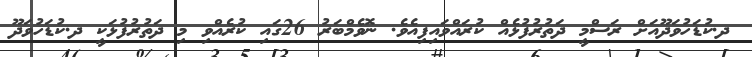
ދ.ކުޑަހުވަދޫއަށް ރަސްމީ ދަތުރުފުޅެއް ކުރައްވައިފިއެވެ. ނޮވެމްބަރު 26ގައި ކުރެއްވި މި ދަތުރުފުޅަކީ ދ.ކުޑަހުވަދޫ